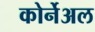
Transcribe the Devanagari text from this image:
कोर्नेअल